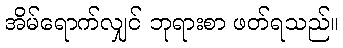
အိမ်ရောက်လျှင် ဘုရားစာ ဖတ်ရသည်။